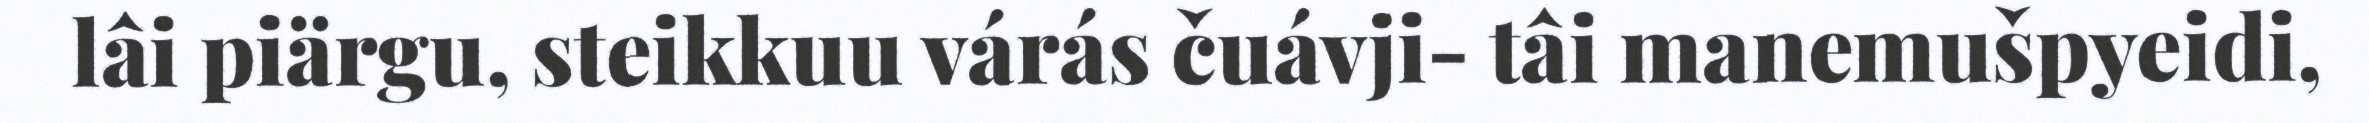
lâi piärgu, steikkuu várás čuávji- tâi manemušpyeidi,